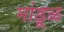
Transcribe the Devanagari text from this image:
मांडूळ